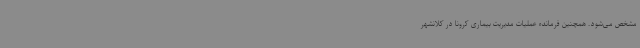
مشخص می‌شود. همچنین فرمانده عملیات مدیریت بیماری کرونا در کلانشهر